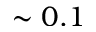
\sim 0 . 1